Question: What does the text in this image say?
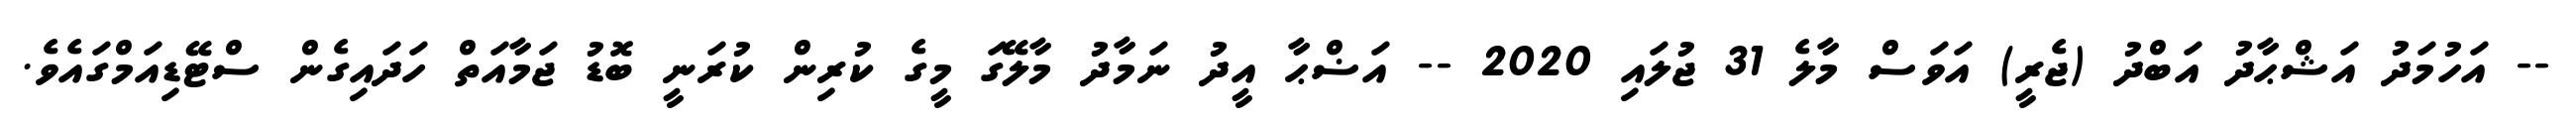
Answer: -- އަހުމަދު އަޝްޙާދު އަބްދު (ޖެރީ) އަވަސް މާލެ 31 ޖުލައި 2020 -- އަޟްޙާ އީދު ނަމާދު މާލޭގަ މީގެ ކުރިން ކުރަނީ ބޮޑު ޖަމާއަތް ހަދައިގެން ސްޓޭޑިއަމްގައެވެ.